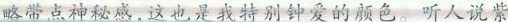
略带点神秘感。这也是我特别钟爱的颜色。听人说紫